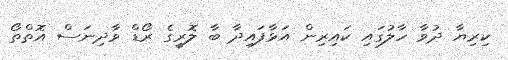
ކިރިޔާ ދުވާ ހާލުގައި ކައިރިން އަޅާފައިދާ ބާ ލޮރީގެ ރޯޑް ވާދިނަސް އޮތްތޯ